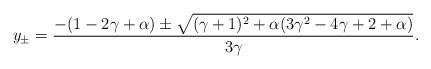
LaTeX: \begin{align*}y_{\pm} = \frac{-(1-2\gamma +\alpha)\pm \sqrt{(\gamma+1)^{2}+\alpha (3\gamma^{2}-4\gamma +2+\alpha )}}{3\gamma}.\end{align*}